Indian journal of veterinary science and animal husbandry - Volumes 22-23, 1952-1953
Year: 1952
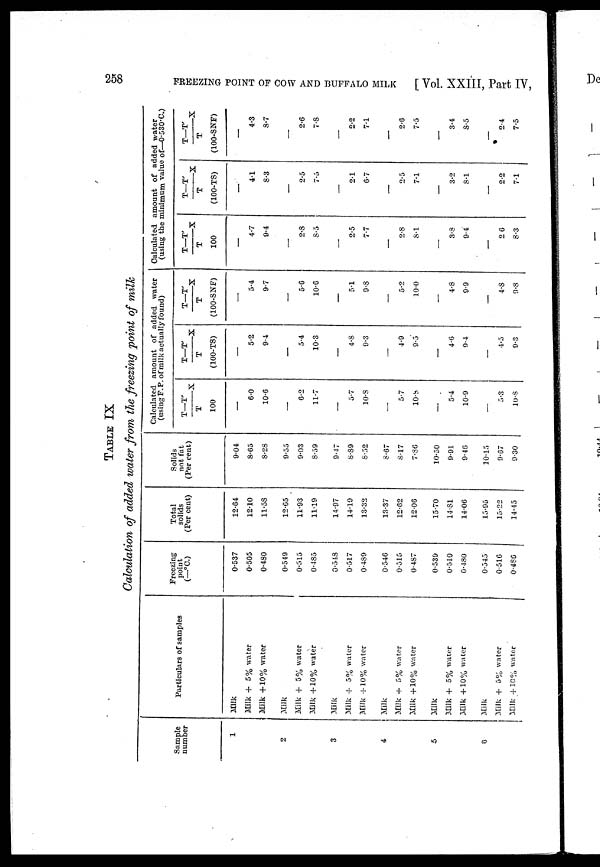
258
FREEZING POINT OF COW AND BUFFALO MILK
[Vol. XXIII, Part IV,
TABLE IX
Calculation of added water from the freezing point of milk
Sample
number
1
2
3
4
5
6
Particulars of samples
Milk
Milk + 5% water
Milk +10% water
Milk
Milk + 5% water
Milk + 10% water
Milk
Milk + 5% water
Milk + 10% water
Milk
Milk + 5% water
Milk +10% water
Milk
Milk + 5% water
Milk +10% water
Milk
Milk + 5% water
Milk + 10% water
Freezing
point
(—ºC.)
0.537
0.505
0.480
0.549
0.515
0.485
0.548
0.517
0.489
0.546
0.515
0.487
0.539
0.510
0.480
0.545
0.516
0.486
Total
solids
(Per cent)
12.64
12.10
11.58
12.65
11.93
11.19
14.97
14.19
13.32
13.37
12.62
12.06
15.70
14.81
14.06
15.95
15.22
14.45
Solids
not fat
(Per cent)
9.04
8.65
8.28
9.55
9.03
8.59
9.47
8.89
8.52
8.67
8.17
7.86
10.50
9.91
9.46
10.15
9.87
9.30
Calculated amount of added water
(using F. P. of milk actually found)
T-T'
/T
X
100
—
6.0
10.6
—
6.2
11.7
—
5.7
10.8
—
5.7
10.8
—
5.4
10.9
—
5.3
10.8
T-T'
/T
X
(100-TS)
—
5.2
9.4
—
5.4
10.3
—
4.8
9.3
—
4.9
9.5
—
4.6
9.4
—
4.5
9.3
T—T'
/T
X
(100-SNF)
—
5.4
9.7
—
5.6
10.6
—
5.1
9.8
—
5.2
10.0
—
4.8
9.9
—
4.8
9.8
Calculated amount of added water
(using the minimum value of—0.530ºC.)
T—T'
/T
X
100
—
4.7
9.4
—
2.8
8.5
—
2.5
7.7
—
2.8
8.1
—
3.8
9.4
—
2.6
8.3
T—T'
/T
X
(100-TS)
—
4.1
8.3
—
2.5
7.5
—
2.1
6.7
—
2.5
7.1
—
3.2
8.l
—
2.2
7.1
T—T'
/T
X
(100-SNF)
—
4.3
8.7
—
2.6
7.8
—
2.2
7.1
—
2.6
7.5
—
3.4
8.5
—
2.4
7.5